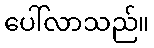
ပေါ်လာသည်။